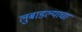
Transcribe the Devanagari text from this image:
लुबाडल्याचा